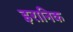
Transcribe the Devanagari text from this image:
इरानिक